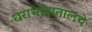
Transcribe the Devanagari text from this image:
घराभोवातालचे